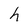
Character: h